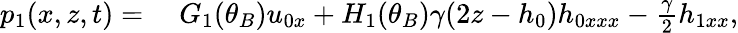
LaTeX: \begin{array}{rl}{p_{1}(x,z,t)=}&{{}\; G_{1}(\theta_{B})u_{0x}+H_{1}(\theta_{B})\gamma(2z-h_{0})h_{0xxx}-\frac{\gamma}{2}h_{1xx},}\end{array}